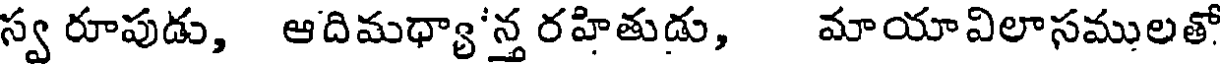
స్వ రూపుడు, ఆదిమధ్యా'న్త రహితుడు, మాయావిలాసములతో